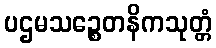
ပဌမသဉ္စေတနိကသုတ္တံ